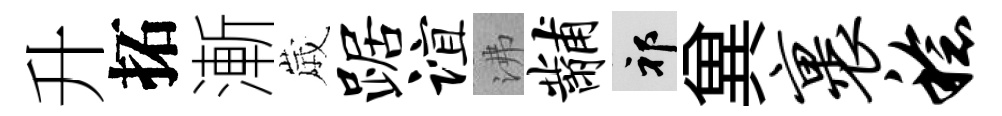
升拓漸𡻕踞谊沸黼祁兾裹稔